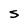
Character: S